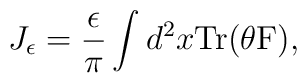
J_\epsilon=\frac{\epsilon}{\pi}\int d^2x \rm{Tr(\theta  F)},